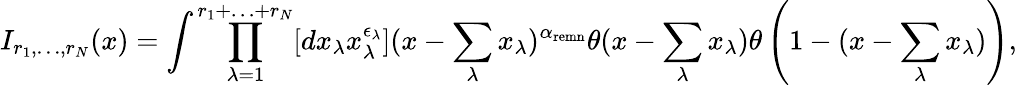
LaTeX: I_{r_{1},\ldots,r_{N}}(x)=\int\prod_{\lambda=1}^{r_{1}+\ldots+r_{N}}[dx_{\lambda}x_{\lambda}^{\epsilon_{\lambda}}](x-\sum_{\lambda}x_{\lambda})^{\alpha_{\mathrm{remn}}}\theta(x-\sum_{\lambda}x_{\lambda})\theta\left(1-(x-\sum_{\lambda}x_{\lambda})\right),